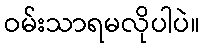
ဝမ်းသာရမလိုပါပဲ။